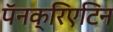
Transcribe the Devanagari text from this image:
पॅनक्रिएटिन